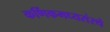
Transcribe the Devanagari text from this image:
कर्णिकमध्यसंस्थे